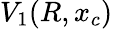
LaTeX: V_{1}(R,x_{c})